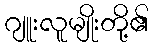
ဂျူးလူမျိုးတို့၏